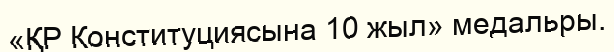
«ҚР Конституциясына 10 жыл» медальры.